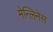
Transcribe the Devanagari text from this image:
मेन्लिनेस